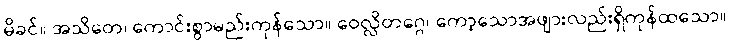
မိခင်။ အသိတေ၊ ကောင်းစွာမည်းကုန်သော။ ဝေလ္လိတဂ္ဂေ၊ ကော့သောအဖျားလည်းရှိကုန်ထသော။